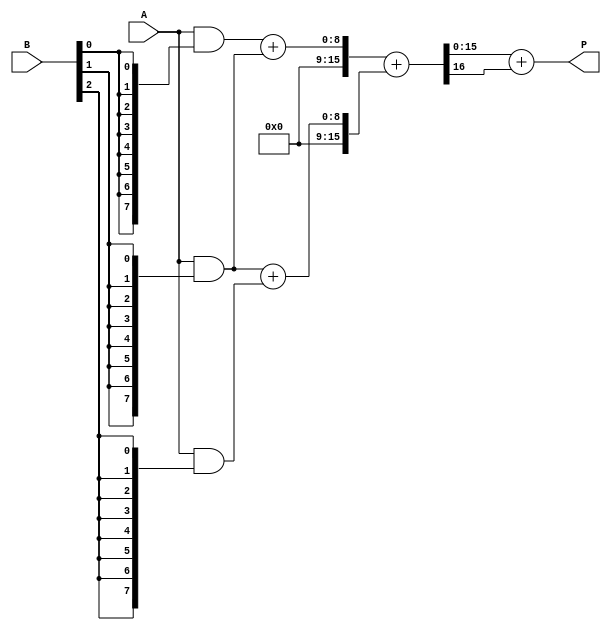
module wallace_tree_multiplier #(parameter A_WIDTH = 8, B_WIDTH = 8)(
    input [A_WIDTH-1:0] A,
    input [B_WIDTH-1:0] B,
    output reg [A_WIDTH + B_WIDTH - 1:0] P
);

    // Generate partial products
    wire [A_WIDTH-1:0] pp[B_WIDTH-1:0];
    genvar i, j;
    generate
        for (i = 0; i < B_WIDTH; i = i + 1) begin : partial_product_gen
            assign pp[i] = A & {A_WIDTH{B[i]}};
        end
    endgenerate

    // Wallace tree reduction
    wire [A_WIDTH + B_WIDTH - 1:0] sum [0:2*A_WIDTH-1];
    wire [A_WIDTH + B_WIDTH - 1:0] carry [0:2*A_WIDTH-1];

    // Stage 1: Grouping and reduction
    generate
        for (i = 0; i < B_WIDTH; i = i + 1) begin : reduction_stage
            if (i < B_WIDTH - 1) begin
                // Full adders and half adders
                if (i % 2 == 0) begin
                    assign {carry[i], sum[i]} = pp[i] + pp[i+1];
                end else begin
                    assign {carry[i], sum[i]} = pp[i] + pp[i+1];
                end
            end else begin
                assign sum[i] = pp[i];
            end
        end
    endgenerate

    // Final addition
    wire [A_WIDTH + B_WIDTH - 1:0] final_sum;
    wire final_carry;

    // Using a simple ripple carry adder for final addition
    assign {final_carry, final_sum} = sum[0] + sum[1];

    always @(*) begin
        P = final_sum + final_carry;
    end

endmodule